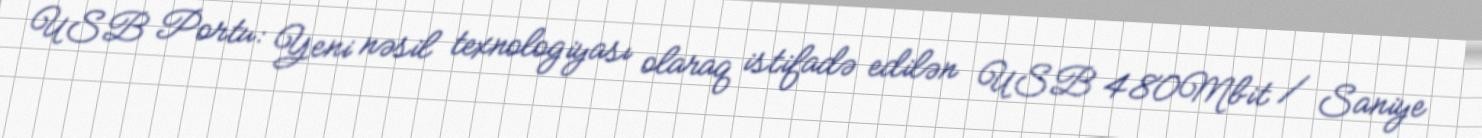
USB Portu: Yeni nəsil texnologiyası olaraq istifadə edilən USB 480Mbit / Saniye